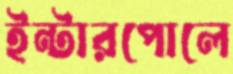
ইন্টারপোলে